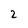
Character: 2